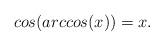
LaTeX: \begin{align*}cos(arccos(x))=x.\end{align*}